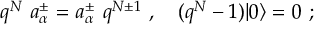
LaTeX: q ^ { N } \ a _ { \alpha } ^ { \pm } = a _ { \alpha } ^ { \pm } \ q ^ { N \pm 1 } \ , \quad ( q ^ { N } - 1 ) \vert 0 \rangle = 0 \ ;